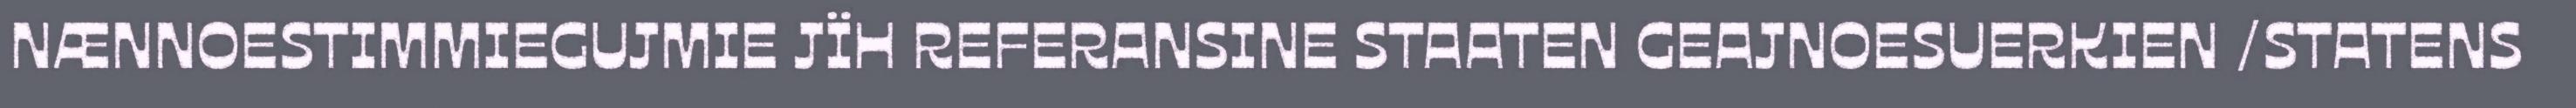
NÆNNOESTIMMIEGUJMIE JÏH REFERANSINE STAATEN GEAJNOESUERKIEN /STATENS